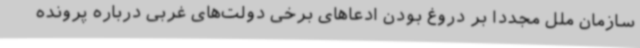
سازمان ملل مجددا بر دروغ بودن ادعاهای برخی دولت‌های غربی درباره پرونده